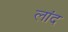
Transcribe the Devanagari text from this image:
लांद